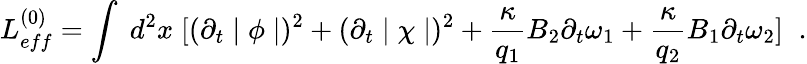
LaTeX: L_{eff}^{(0)}=\int\; d^{2}x\; [(\partial_{t}\mid\phi\mid)^{2}+(\partial_{t}\mid\chi\mid)^{2}+\frac{\kappa}{q_{1}}B_{2}\partial_{t}\omega_{1}+\frac{\kappa}{q_{2}}B_{1}\partial_{t}\omega_{2}]\; \; .